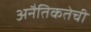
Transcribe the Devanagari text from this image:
अनैतिकतेची